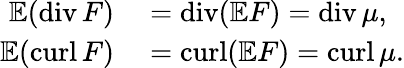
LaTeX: \begin{array}{rl}{\mathbb{E}(\mathrm{div}\, F)}&{{}=\mathrm{div}(\mathbb{E}F)=\mathrm{div}\, \mu,}\\ {\mathbb{E}(\mathrm{curl}\, F)}&{{}=\mathrm{curl}(\mathbb{E}F)=\mathrm{curl}\, \mu.}\end{array}